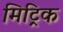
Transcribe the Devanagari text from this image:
मिट्रिक